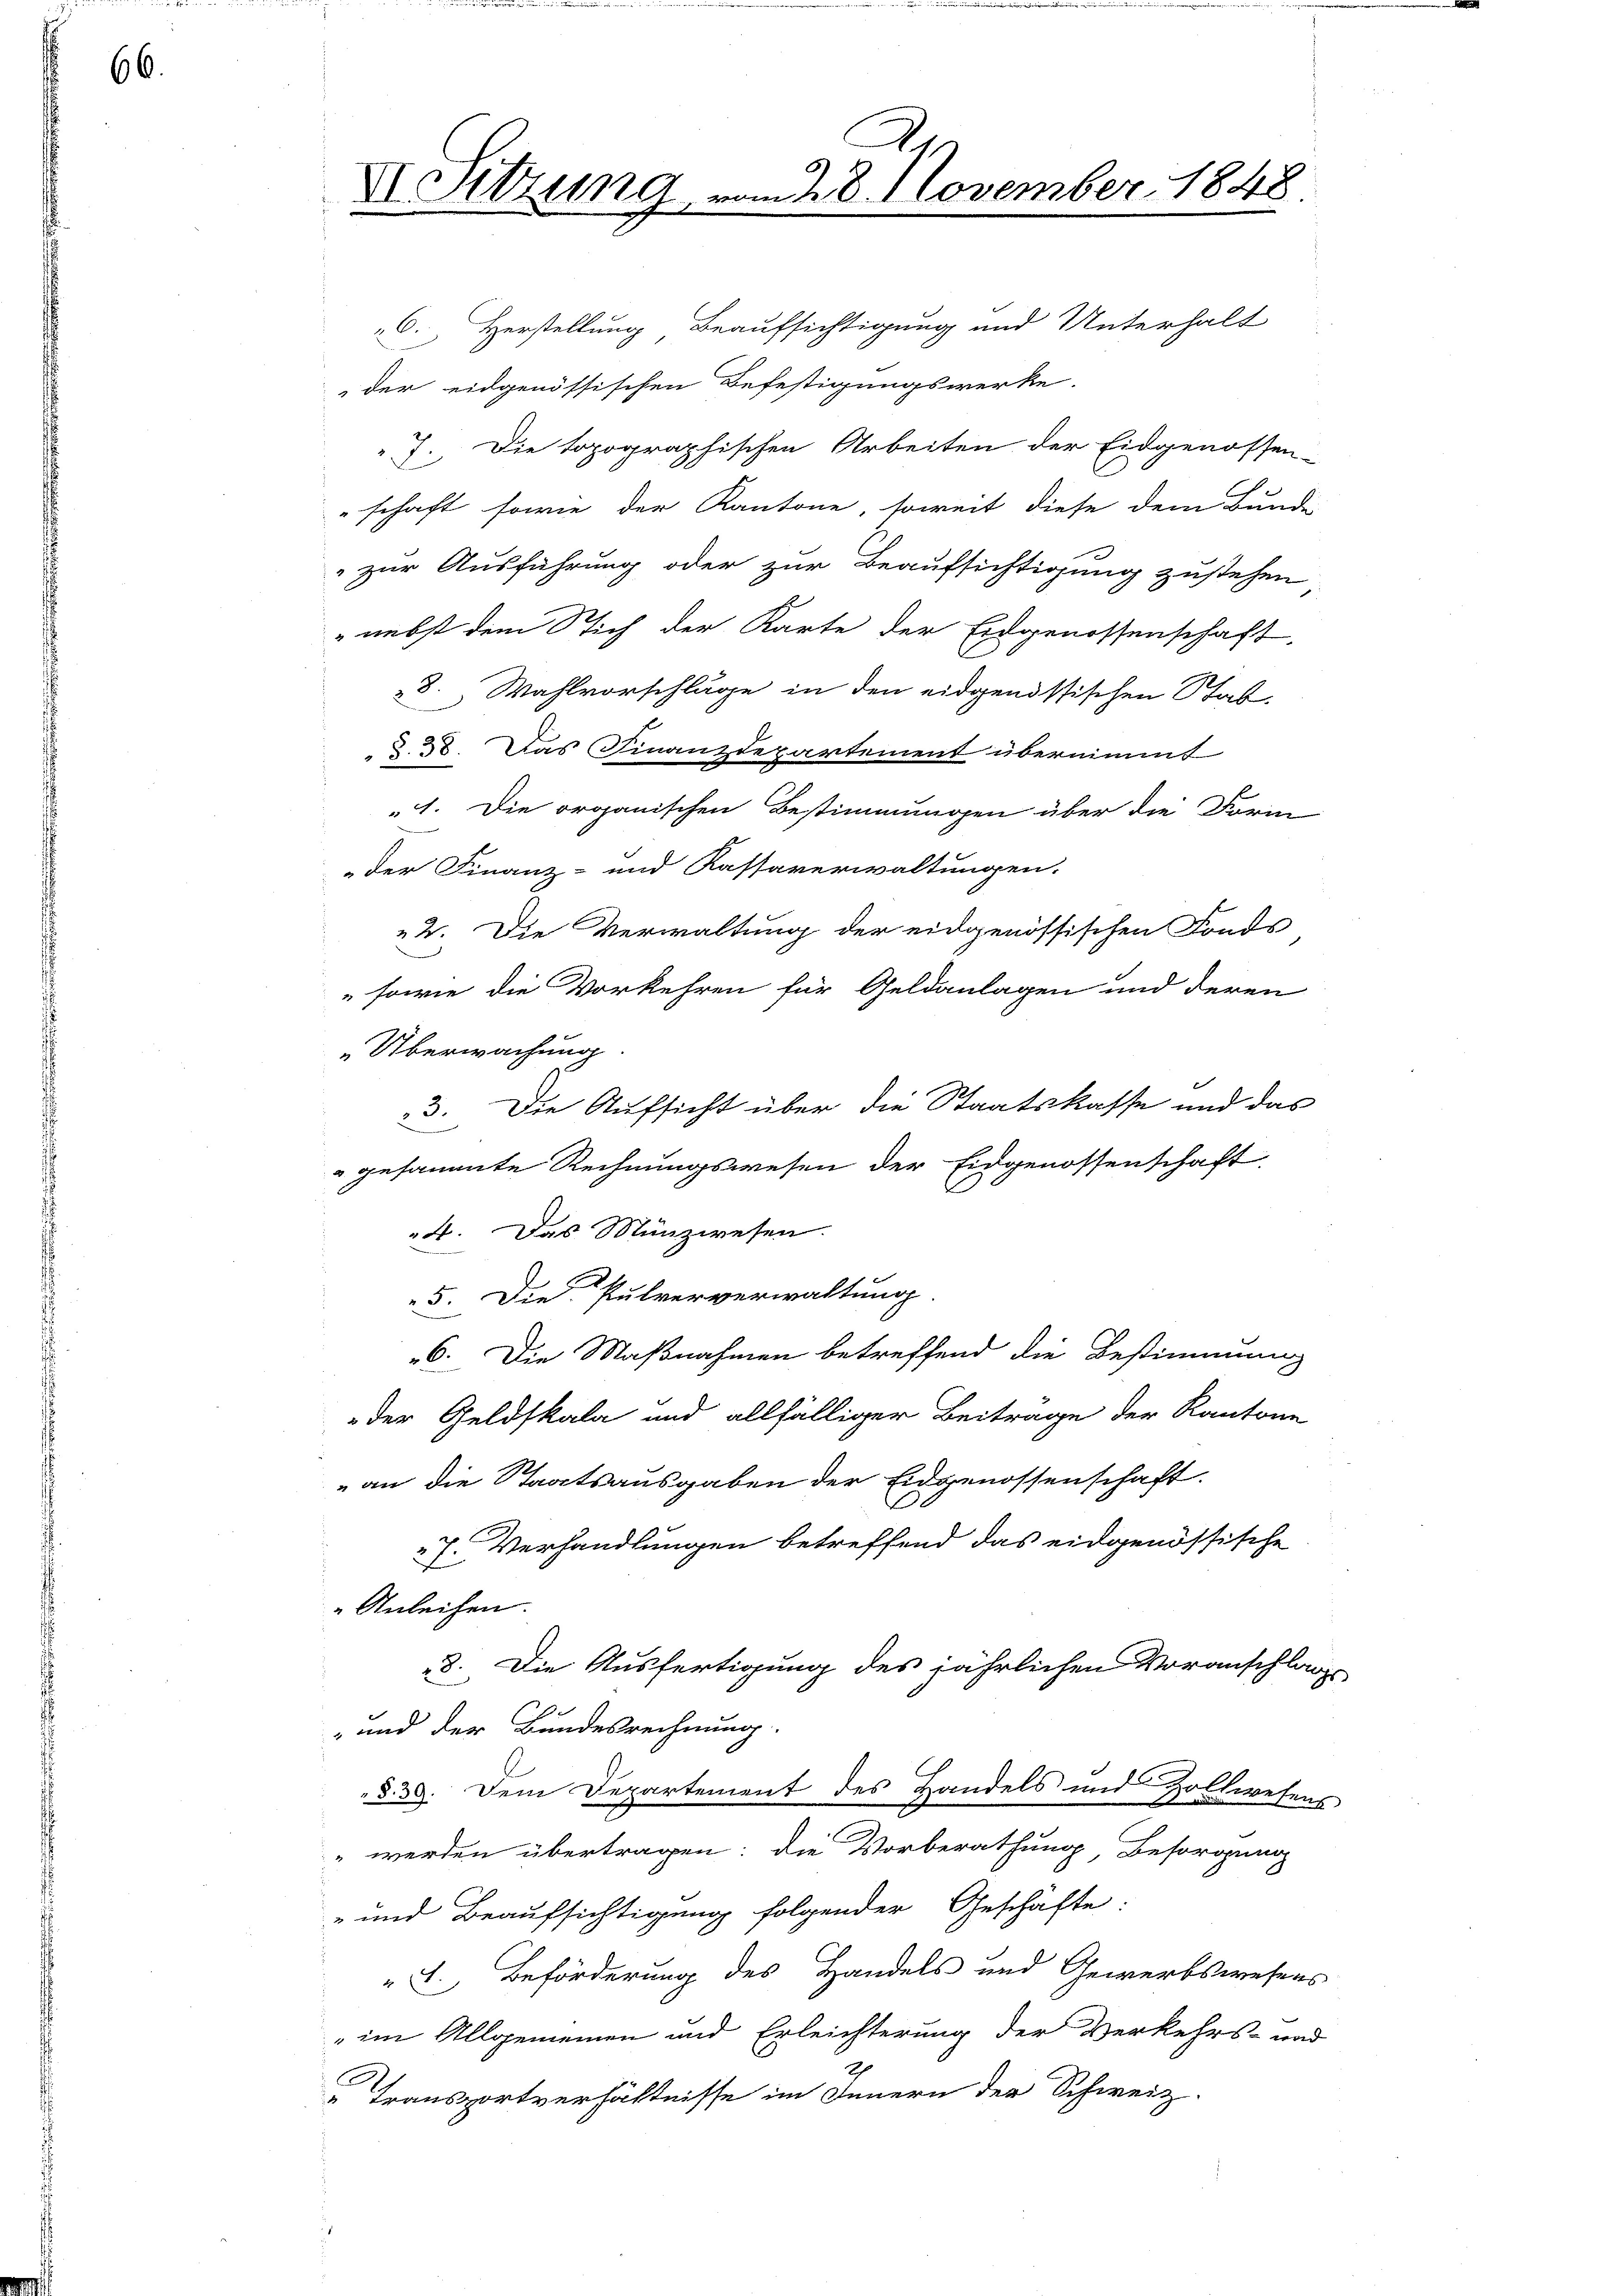
66.

X Sitzung

2
m 28. November 1848

C. Herstellung Beaufsichtigung und Unterhalt
der eidgenössischen Befestigungswerke.
7. Die topographischen Arbeiten der Eidgenossen-
schaft sowie der Kantone, soweit diese dem Bunde
zur Ausführung oder zur Beaufsichtigung zustehen
" nebst dem Stich der Karte der Eidgenossenschaft
28. Wahlvorschläge in den eidgenössischen Stab.
§. 38. Das Finanzdepartement übernimmt
„1. Die organischen Bestimmungen über die Form
der Finanz- und Kassaverwaltungen.
2. Die Verwaltung der eidgenössischen Fonds
sowie die Vorkehren für Geldanlagen und deren
„Überwachung
Die Aufsicht über die Staatskasse und das
3.

gesammte Rechnungswesen der Eidgenossenschaft
4. Das Münzwesen.
t
5. Die Pulververwaltung.
6. Die Maßnahmen betreffend die Bestimmung
der Geldskala und allfälliger Beitrage der Kantone
„an die Staatsausgaben der Eidgenossenschaft.
7. Verhandlungen betreffend das eidgenössische
Anleihen.
8. Die Ausfertigung des jährlichen Voranschlags-
- und der Bundesrechnung.
§. 39. Dem Departement des Handels und Zollwesens
" werden übertragen: die Vorberathung Besorgung
- und Beaufsichtigung folgender Geschäfte:
 . Beförderung des Handels und Gewerbswesens
„im Allgemeinen und Erleichterung der Verkehrs- und
Transportverhältnisse im Innern der Schweiz.